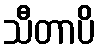
သီတာပိ